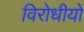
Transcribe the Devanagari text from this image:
विरोधीयों